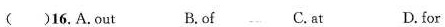
( )16. A.out B.of C.at D.for